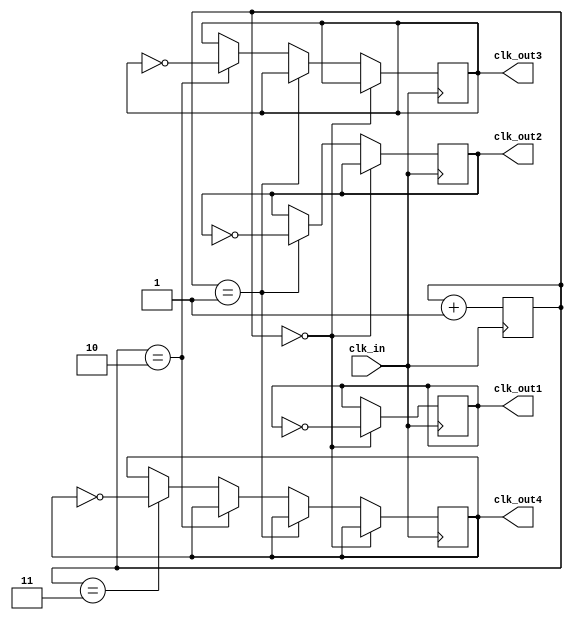
module multi_phase_clock_divider(
    input wire clk_in,
    output reg clk_out1,
    output reg clk_out2,
    output reg clk_out3,
    output reg clk_out4
);

reg [1:0] count = 0;

always @ (posedge clk_in) begin
    if (count == 2'b00) begin
        clk_out1 <= ~clk_out1;
    end else if (count == 2'b01) begin
        clk_out2 <= ~clk_out2;
    end else if (count == 2'b10) begin
        clk_out3 <= ~clk_out3;
    end else if (count == 2'b11) begin
        clk_out4 <= ~clk_out4;
    end
    
    count <= count + 1;
end

endmodule